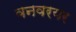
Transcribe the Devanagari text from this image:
वनवरयर